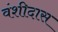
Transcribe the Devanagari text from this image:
वंशीदास